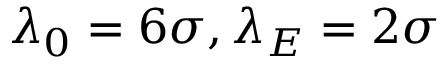
\lambda _ { 0 } = 6 \sigma , \lambda _ { E } = 2 \sigma